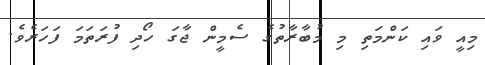
މިއީ ވައި ކަންމަތި މި މުބާރާތުގެ ސެމީން ޖާގަ ހޯދި ފުރަތަމަ ފަހަރެވެ.